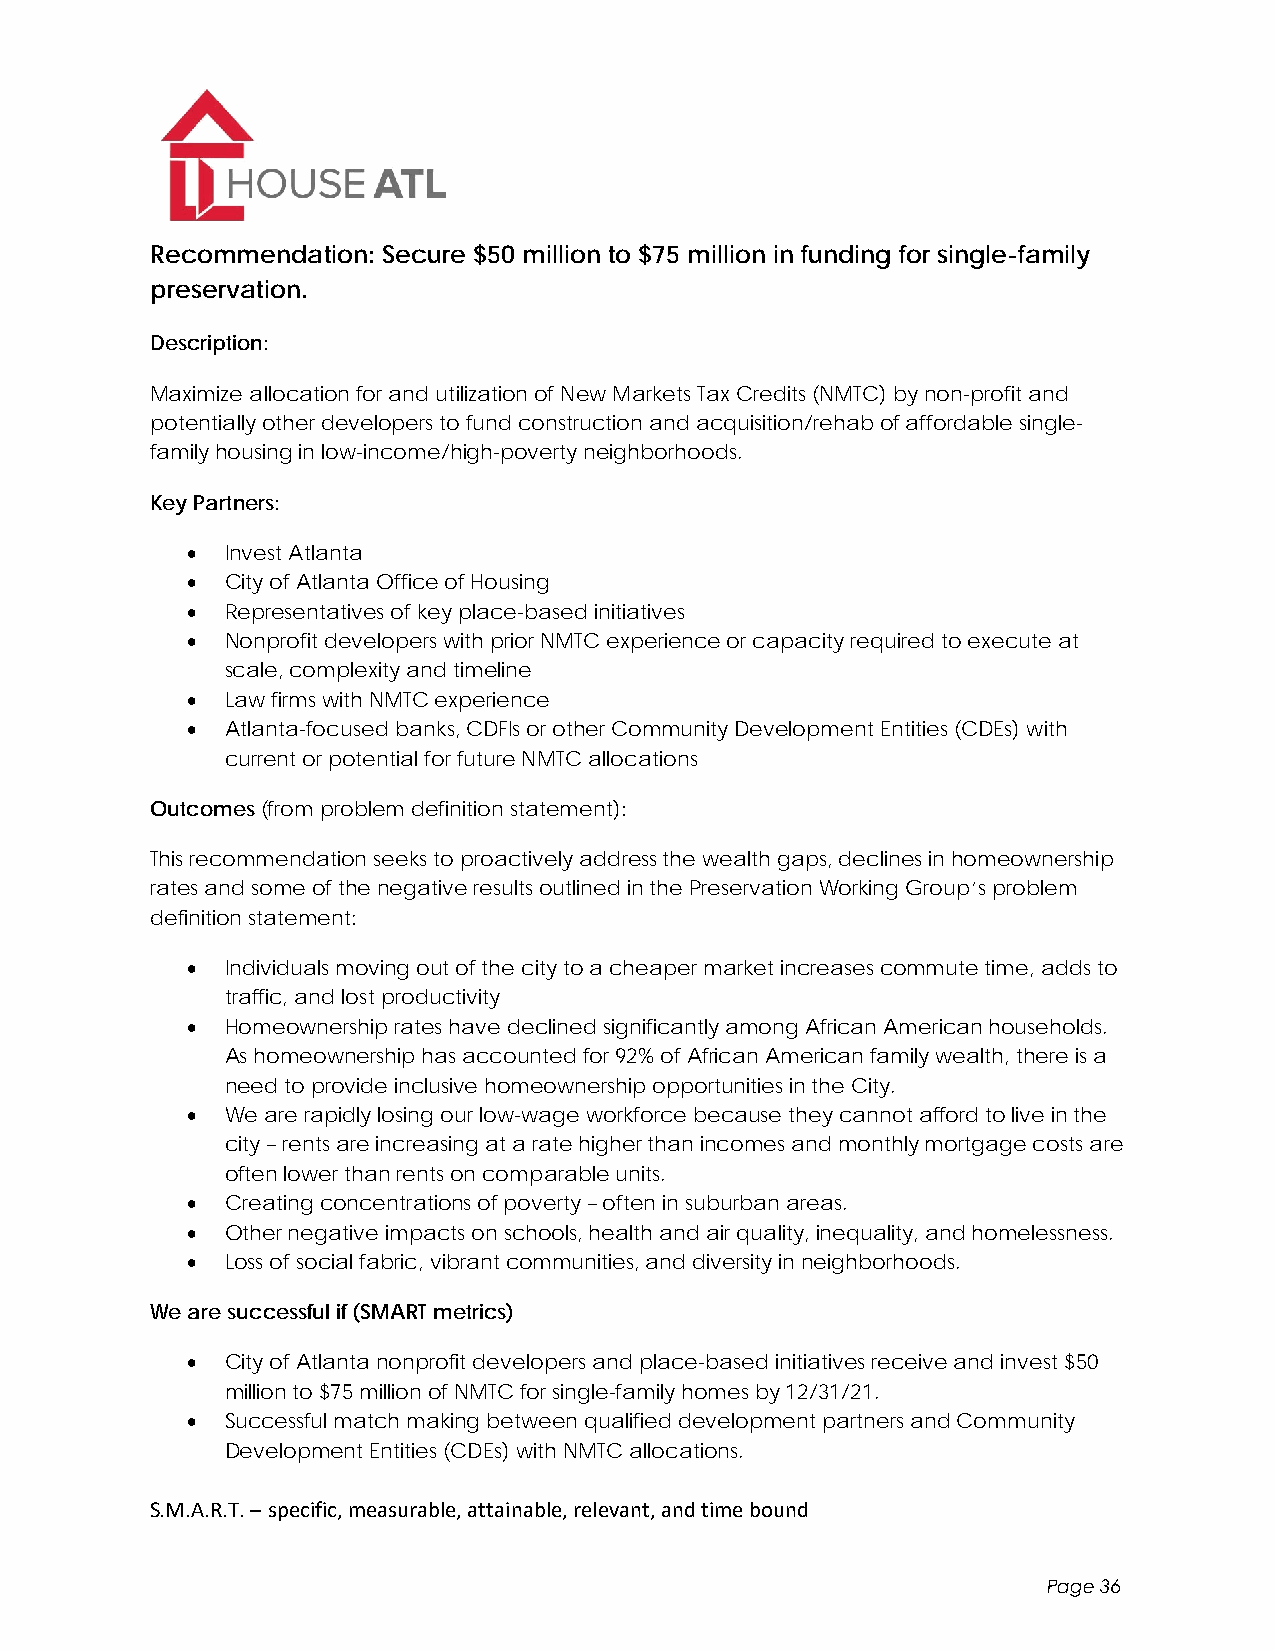
Recommendation: Secure $50 million to $75 million in funding for single-family
 preservation.
 Description:
 Maximize allocation for and utilization of New Markets Tax Credits (NMTC) by non-profit and
 potentially other developers to fund construction and acquisition/rehab of affordable single-
 family housing in low-income/high-poverty neighborhoods.
 Key Partners:
   Invest Atlanta
   City of Atlanta Office of Housing
   Representatives of key place-based initiatives
   Nonprofit developers with prior NMTC experience or capacity required to execute at
 scale, complexity and timeline
   Law firms with NMTC experience
   Atlanta-focused banks, CDFIs or other Community Development Entities (CDEs) with
 current or potential for future NMTC allocations
 Outcomes (from problem definition statement):
 This recommendation seeks to proactively address the wealth gaps, declines in homeownership
 rates and some of the negative results outlined in the Preservation Working Group’s problem
 definition statement:
   Individuals moving out of the city to a cheaper market increases commute time, adds to
 traffic, and lost productivity
   Homeownership rates have declined significantly among African American households.
 As homeownership has accounted for 92% of African American family wealth, there is a
 need to provide inclusive homeownership opportunities in the City.
   We are rapidly losing our low-wage workforce because they cannot afford to live in the
 city – rents are increasing at a rate higher than incomes and monthly mortgage costs are
 often lower than rents on comparable units.
   Creating concentrations of poverty – often in suburban areas.
   Other negative impacts on schools, health and air quality, inequality, and homelessness.
   Loss of social fabric, vibrant communities, and diversity in neighborhoods.
 We are successful if (SMART metrics)
   City of Atlanta nonprofit developers and place-based initiatives receive and invest $50
 million to $75 million of NMTC for single-family homes by 12/31/21.
   Successful match making between qualified development partners and Community
 Development Entities (CDEs) with NMTC allocations.
 S.M.A.R.T. – specific, measurable, attainable, relevant, and time bound
 Page 36